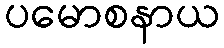
ပမောစနာယ